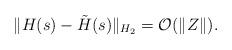
LaTeX: \begin{align*}\| H(s)-\tilde{H} ( s ) \|_{H_{2}} = \mathcal{O}(\| Z \|).\end{align*}